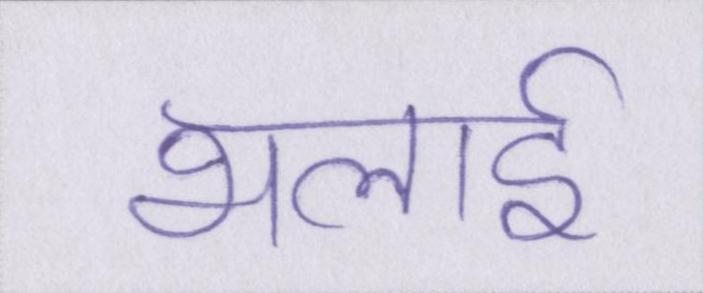
भलाई